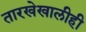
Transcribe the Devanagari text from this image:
तारखेखालीही